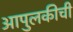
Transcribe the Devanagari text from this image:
आपुलकीची